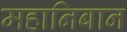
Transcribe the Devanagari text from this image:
महानिबान